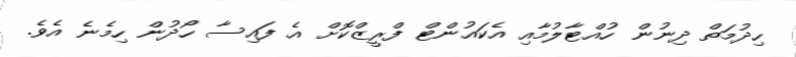
ހިދުމަތް ދިނުން ހުއްޓާލުމާއި އެކައުންޓް ފްރީޒްކޮށް އެ ފައިސާ ހޯދުން ހިމެނެ އެވެ.